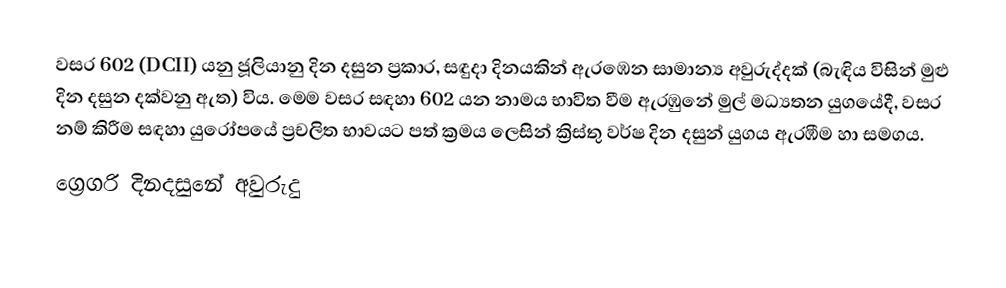
වසර  602 (DCII) යනු ජූලියානු දින දසුන ප්‍රකාර,   සඳුදා දිනයකින් ඇරඹෙන සාමාන්‍ය අවුරුද්දක් (බැඳිය විසින් මුළු දින දසුන දක්වනු ඇත) විය. මෙම වසර සඳහා 602 යන නාමය භාවිත වීම ඇරඹුනේ මුල් මධ්‍යතන යුගයේදී, වසර නම් කිරීම සඳහා යුරෝපයේ ප්‍රචලිත භාවයට පත් ක්‍රමය ලෙසින් ක්‍රිස්තු වර්ෂ දින දසුන් යුගය ඇරඹීම හා සමගය.
ග්‍රෙගරි දිනදසුනේ අවුරුදු